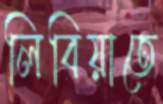
লিবিয়াতে